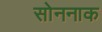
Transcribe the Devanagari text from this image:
सोननाक